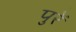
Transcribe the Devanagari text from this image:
पुरें